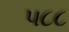
૫૮૮